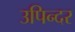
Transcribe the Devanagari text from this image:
उपिन्दर